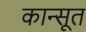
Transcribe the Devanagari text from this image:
कान्सूत